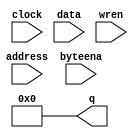
module ram_68k (
	address,
	byteena,
	clock,
	data,
	wren,
	q);

	input	[14:0]  address;
	input	[1:0]  byteena;
	input	  clock;
	input	[15:0]  data;
	input	  wren;
	output	[15:0]  q;

	assign q = 0;

endmodule // ram_68k

module ram_z80 (
	address,
	clock,
	data,
	wren,
	q);

	input	[12:0]  address;
	input	  clock;
	input	[7:0]  data;
	input	  wren;
	output	[7:0]  q;

	assign q = 0;

endmodule // ram_z80

module vram_ip (
	address,
	byteena,
	clock,
	data,
	wren,
	q);

	input	[13:0]  address;
	input	[3:0]  byteena;
	input	  clock;
	input	[31:0]  data;
	input	  wren;
	output	[31:0]  q;

	assign q = 0;

endmodule // vram_ip